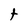
Character: t